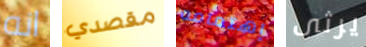
انه مقصدي إهتمامه يرثى